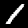
Digit: 1